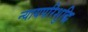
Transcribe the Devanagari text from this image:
न्यायपरिशुद्धि